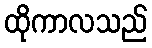
ထိုကာလသည်